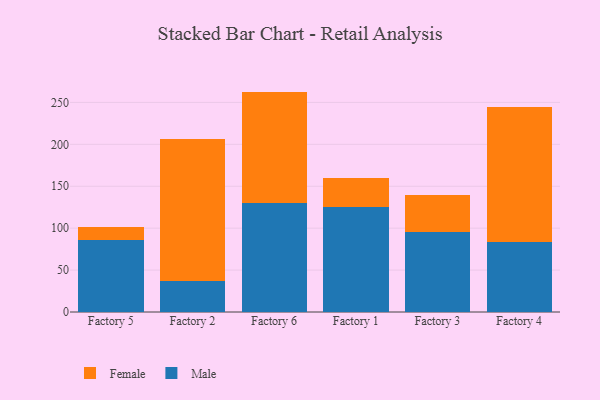
{"axis": {"x": "Factory", "y": "Headcount"}, "legend": ["Female", "Male"], "data": [{"x": "Factory 5", "y": 85.4, "type": "Male"}, {"x": "Factory 5", "y": 16.1, "type": "Female"}, {"x": "Factory 2", "y": 36.5, "type": "Male"}, {"x": "Factory 2", "y": 169.3, "type": "Female"}, {"x": "Factory 6", "y": 129.5, "type": "Male"}, {"x": "Factory 6", "y": 133.4, "type": "Female"}, {"x": "Factory 1", "y": 125.3, "type": "Male"}, {"x": "Factory 1", "y": 35.0, "type": "Female"}, {"x": "Factory 3", "y": 95.6, "type": "Male"}, {"x": "Factory 3", "y": 43.8, "type": "Female"}, {"x": "Factory 4", "y": 83.9, "type": "Male"}, {"x": "Factory 4", "y": 160.1, "type": "Female"}]}